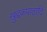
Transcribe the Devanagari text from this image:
खुद्दकपाठादि